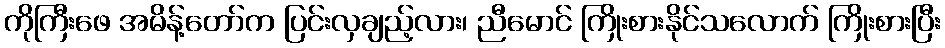
ကိုကြီးဖေ အမိန့်တော်က ပြင်းလှချည့်လား၊ ညီမောင် ကြိုးစားနိုင်သလောက် ကြိုးစားပြီး